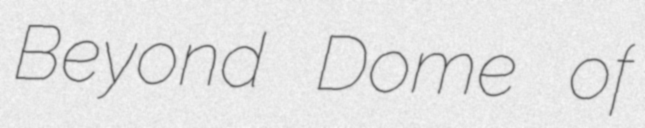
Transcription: Beyond Dome of